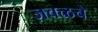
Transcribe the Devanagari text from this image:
ज़वळचे